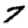
Digit: 7